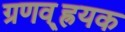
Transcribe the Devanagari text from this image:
ग्रणव््ह्रयक